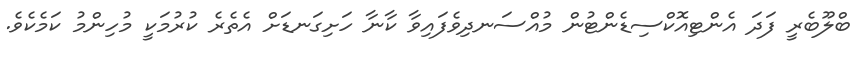
ބްލޫބެރީ ފަދަ އެންޓިއޮކްސިޑެންޓުން މުއްސަނދިވެފައިވާ ކާނާ ހަށިގަނޑަށް އެތެރެ ކުރުމަކީ މުހިންމު ކަމެކެވެ.